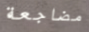
مضاجعة